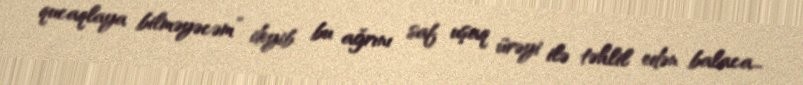
qucaqlaya bilməyəcəm” deyib bu ağrını saf uşaq ürəyi ilə təhlil edən balaca...